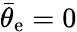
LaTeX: \bar{\theta}_{\mathrm{e}}=0